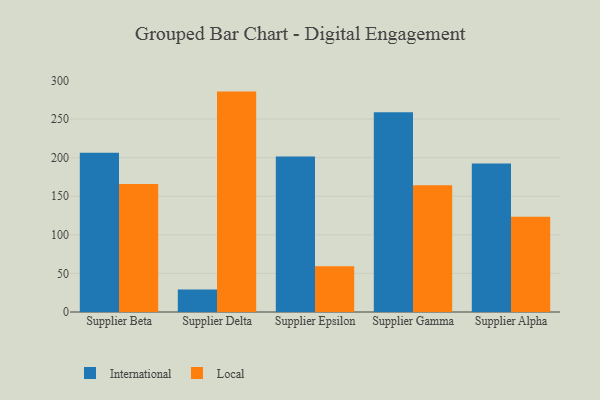
{"axis": {"x": "Supplier", "y": "Production Output"}, "legend": ["International", "Local"], "data": [{"x": "Supplier Beta", "y": 206.3, "type": "International"}, {"x": "Supplier Beta", "y": 165.8, "type": "Local"}, {"x": "Supplier Delta", "y": 29.1, "type": "International"}, {"x": "Supplier Delta", "y": 285.6, "type": "Local"}, {"x": "Supplier Epsilon", "y": 201.6, "type": "International"}, {"x": "Supplier Epsilon", "y": 59.4, "type": "Local"}, {"x": "Supplier Gamma", "y": 258.8, "type": "International"}, {"x": "Supplier Gamma", "y": 164.1, "type": "Local"}, {"x": "Supplier Alpha", "y": 192.5, "type": "International"}, {"x": "Supplier Alpha", "y": 123.5, "type": "Local"}]}